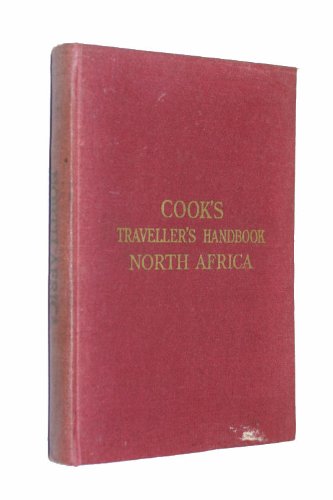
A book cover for Cook's Traveller's Handbook to North Africa: Morocco, Algeria, Tunisia, Libya.; Fletcher Allen; Travel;